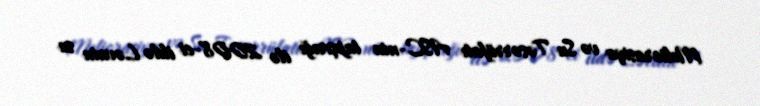
Meliorasiya və Su Təsərrüfatı ASC-nin tapşırığı ilə 2008-ci ildə Ləvain su